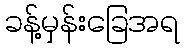
ခန့်မှန်းခြေအရ